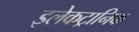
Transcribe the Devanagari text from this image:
इलेकट्रानिक